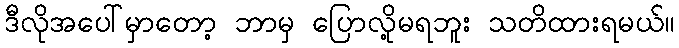
ဒီလိုအပေါ်မှာတော့ ဘာမှ ပြောလို့မရဘူး သတိထားရမယ်။